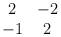
LaTeX: \begin{align*}\begin{array}{cc} 2 & -2 \\ -1 & 2 \end{array}\end{align*}